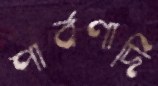
পার্বণাদি